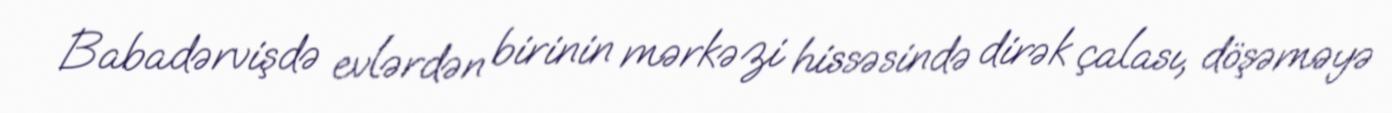
Babadərvişdə evlərdən birinin mərkəzi hissəsində dirək çalası, döşəməyə